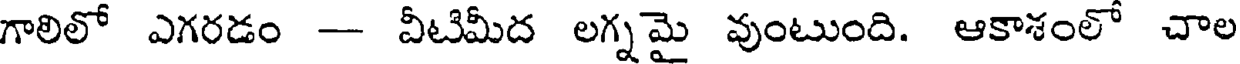
గాలిలో ఎగరడం -- వీటిమీద లగ్నమై వుంటుంది. ఆకాశంలో చాల